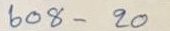
608 - 20